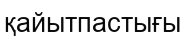
қайытпастығы